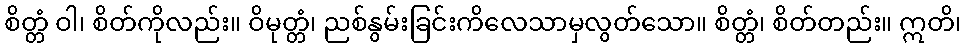
စိတ္တံ ဝါ၊ စိတ်ကိုလည်း။ ဝိမုတ္တံ၊ ညစ်နွမ်းခြင်းကိလေသာမှလွတ်သော။ စိတ္တံ၊ စိတ်တည်း။ ဣတိ၊